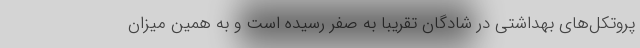
پروتکل‌های بهداشتی در شادگان تقریبا به صفر رسیده است و به همین میزان